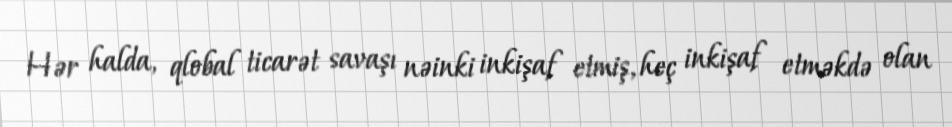
Hər halda, qlobal ticarət savaşı nəinki inkişaf etmiş, heç inkişaf etməkdə olan